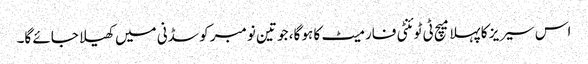
اس سیریز کا پہلا میچ ٹی ٹوئنٹی فارمیٹ کا ہو گا، جو تین نومبر کو سڈنی میں کھیلا جائے گا۔